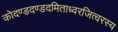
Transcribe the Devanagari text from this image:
कोदण्डदण्डदमिताध्वरजित्वरस्य